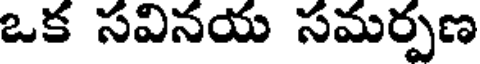
ఒక సవినయ సమర్పణ